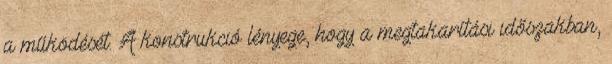
a működését. A konstrukció lényege, hogy a megtakarítási időszakban,